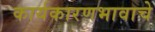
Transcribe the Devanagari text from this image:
कार्यकारणभावाचे